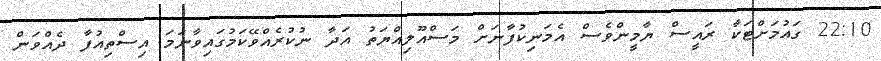
22:10 ގައުމަށްޓަކާ ރައީސް ޔާމީންވެސް އެމަނިކުފާނަށް މަސްއޫލިއްޔަތު އަދާ ނުކުރެއްވޭކަމުގައިވާނަމަ އިސްތިއުފާ ދެއްވަން